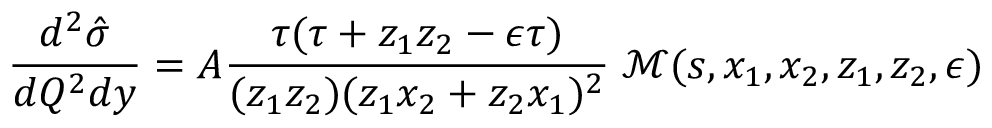
\frac { d ^ { 2 } \hat { \sigma } } { d Q ^ { 2 } d y } = A \frac { \tau ( \tau + z _ { 1 } z _ { 2 } - \epsilon \tau ) } { ( z _ { 1 } z _ { 2 } ) ( z _ { 1 } x _ { 2 } + z _ { 2 } x _ { 1 } ) ^ { 2 } } \; { \mathcal { M } } ( s , x _ { 1 } , x _ { 2 } , z _ { 1 } , z _ { 2 } , \epsilon )